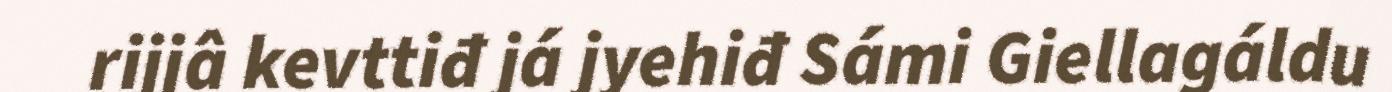
rijjâ kevttiđ já jyehiđ Sámi Giellagáldu